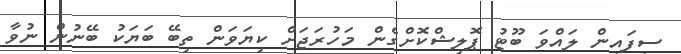
ސިފައިން ލައްވަ ބޫޓު ޕޮލިޝްކޮށްގެން މަހުރަޖަށް ކިޔަވަން ތިބޭ ބަޔަކު ބޭނުން ނުވާ